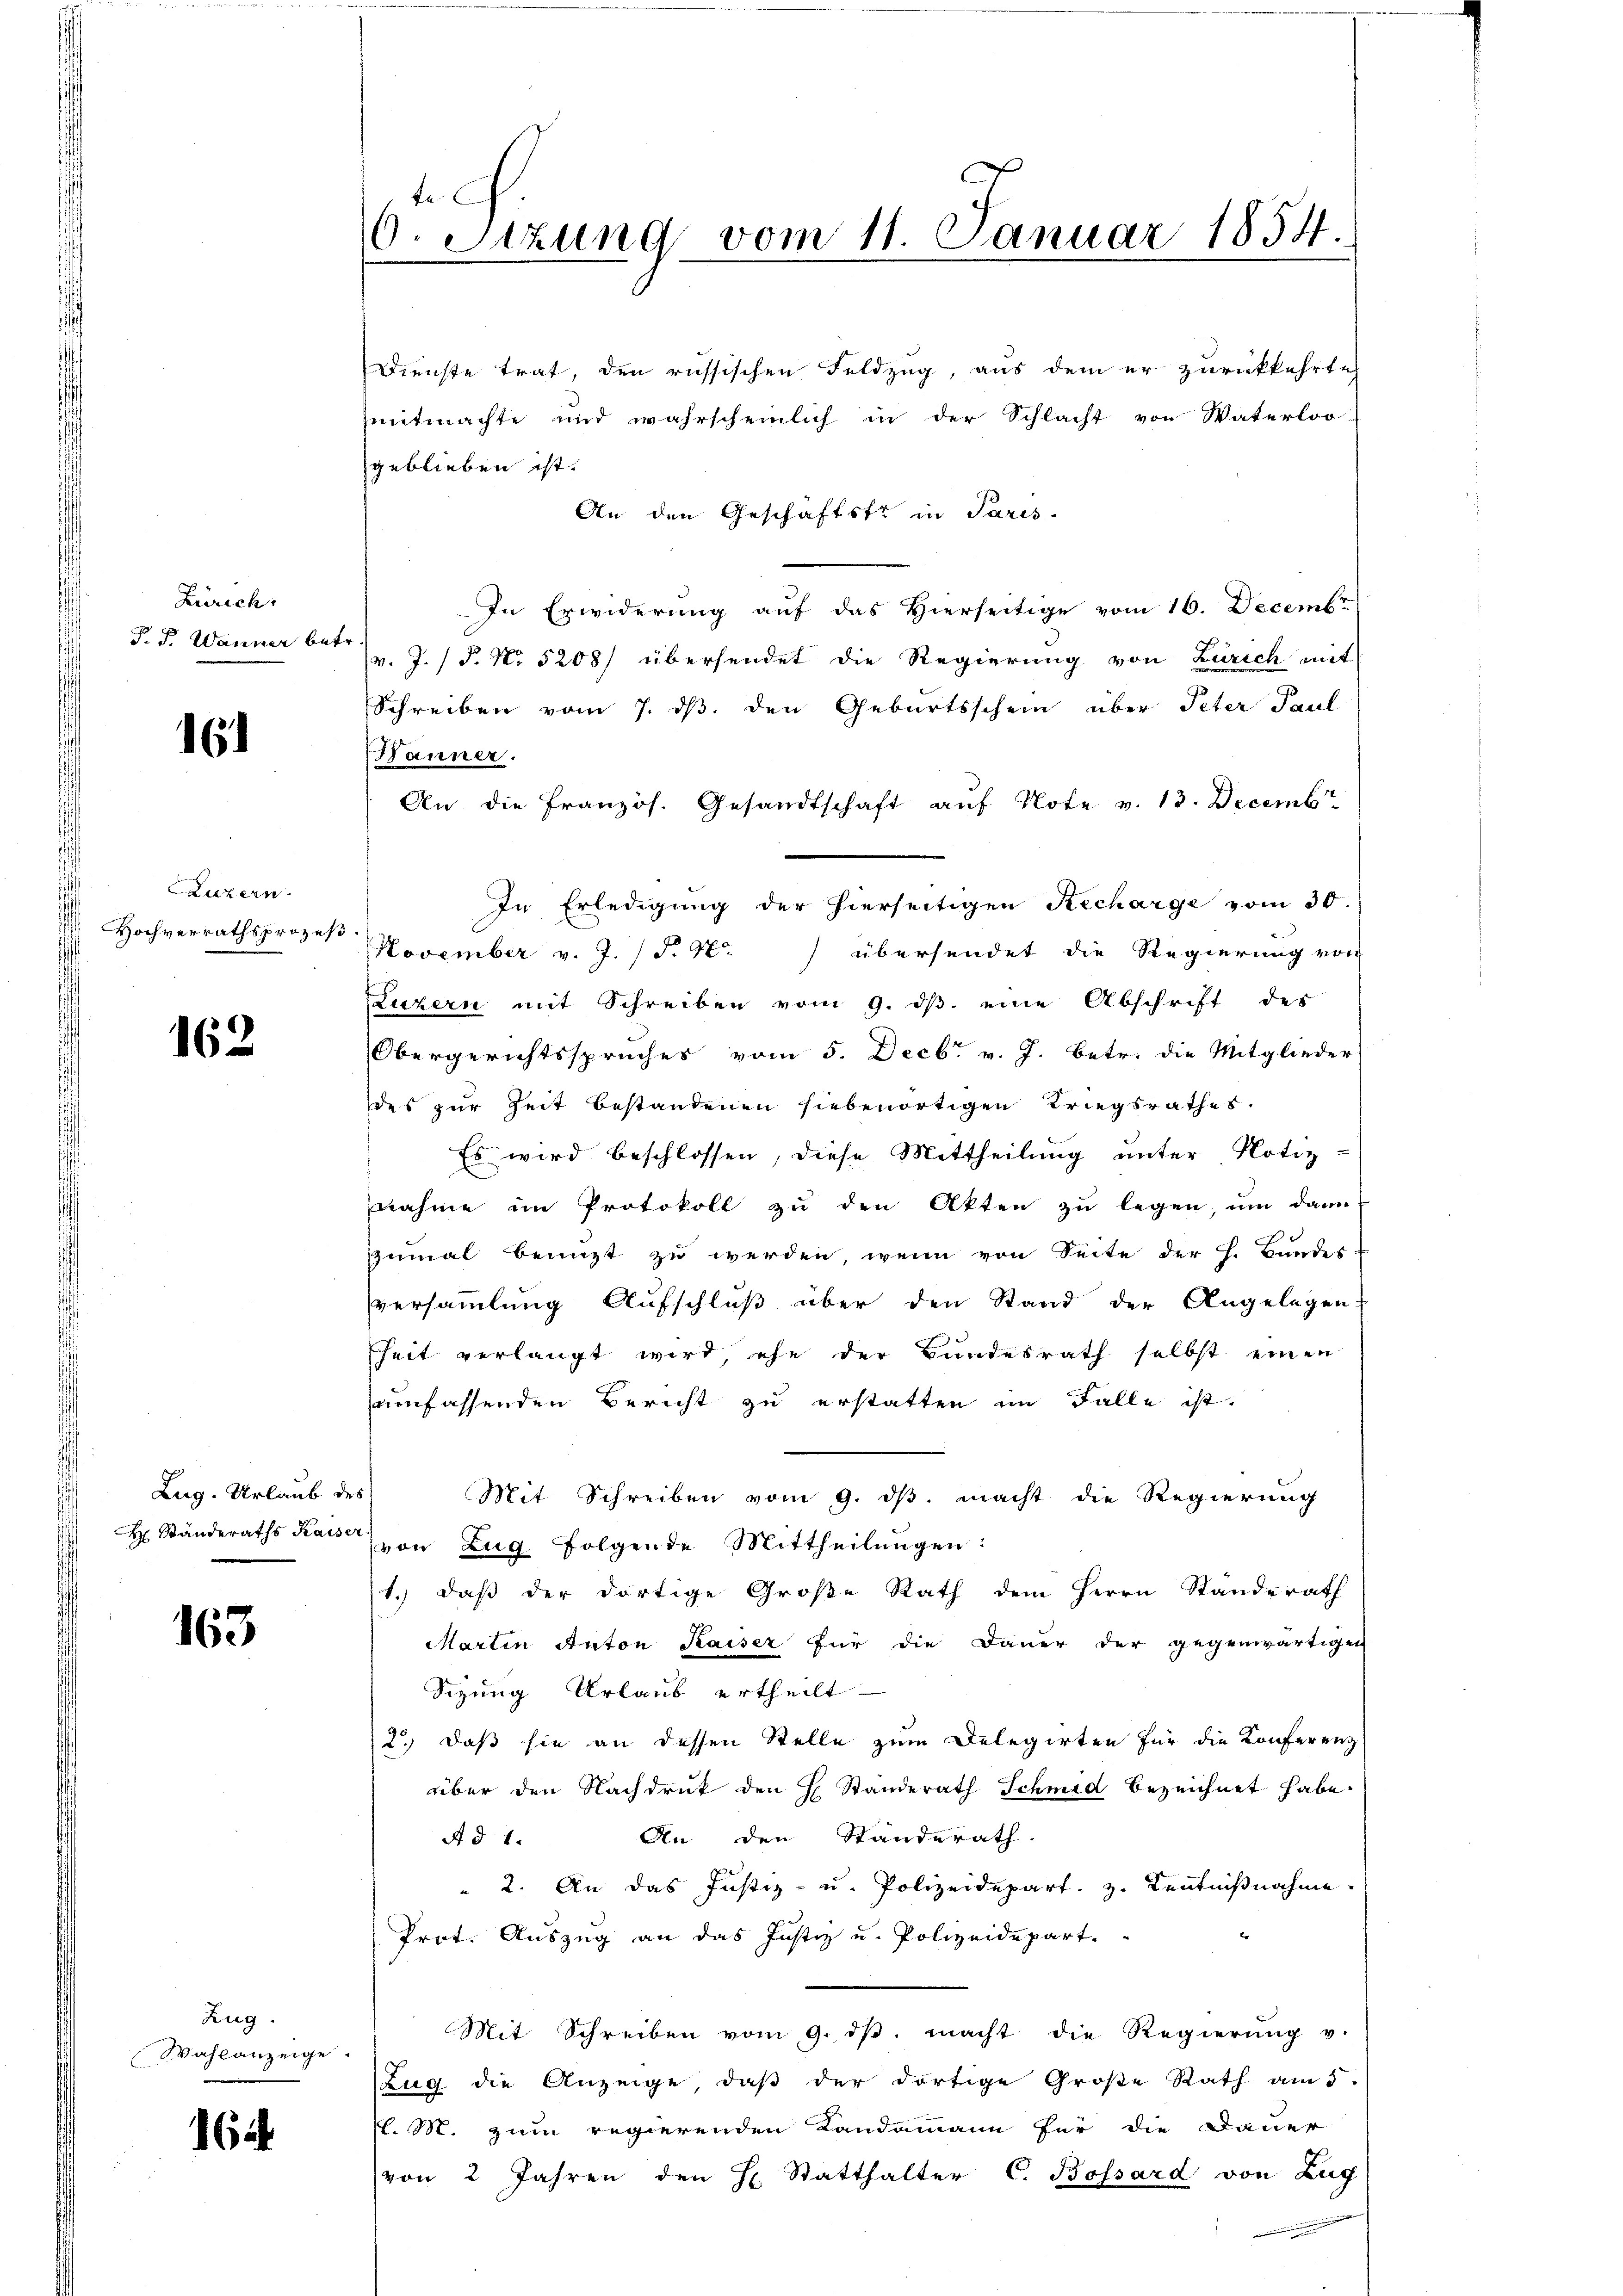
Zürich:
P. F. Wanner betr.

6

Luzern
Hochverrathsprozeß

162

Lug. Urlaub des
H. Standeraths Kaiser

163

Zug.
Wahlanzeige

16

te
0. Sizung vom 11. Januar 1854.

Dienste trat, den russischen Feldzug, aus dem er zurückkehrte
mitmachte und wahrscheinlich in der Schlacht von Waterloo-
geblieben ist.
An den Geschäftstr in Paris.
In Erwiderung auf das Hierseitige vom 16. Decembr
v. J. P. No 5208) übersendet die Regierung von Zürich mit
Schreiben vom 7. ds. den Geburtsschein über Peter Paul
Hänner.
An die Französ. Gesandtschaft auf Note v. 13. Decemb
In Erledigung der hierseitigen Recharge vom 30.
November v. J. P. Nr. übersendet die Regierung von
Luzern mit Schreiben vom 9. ds. eine Abschrift des
Obergerichtsspruches vom 5. Decbr. v. J. betr. die Mitglieder
des zur Zeit bestandenen siebenortigen Kriegsrathes.
Es wird beschlossen, diese Mittheilung unter Notiz-
nahme im Protokoll zu den Akten zu legen, um dann
zumal benuzt zu werden, wenn von Seite der h. Bundes
versammlung Aufschluß über den Stand der Angelegen
heit verlangt wird, ehe der Bundesrath selbst einen
umfassenden Bericht zu erstatten im Falle ist.
Mit Schreiben vom 9. ds. macht die Regierung
von Zug folgende Mittheilungen:
1.) daß der dortige Große Rath dem Herrn Standerath
Martin Anton Kaiser für die Dauer der gegenwärtigen
Sizung Urlaub ertheilt
2.) daß sie an dessen Stelle zum Delegirten für die Konferenz
über den Nachdruk den H. Standerath Schmid bezeichnet habe.
An den Standerath.
A d 1.
" 2. An das Justiz- u. Polizeidepart. 3. Kenntnißnahme
Prot. Auszug an das Justiz u. Polizeidepart.
Mit Schreiben vom 9. dβ. macht die Regierŭng v.
Zug die Anzeige, daß der dortige Große Rath am 5.
(l. M. zum regierenden Landammann für die Dauer
von 2 Jahren den H. Statthalter C. Bossard von Zug
c